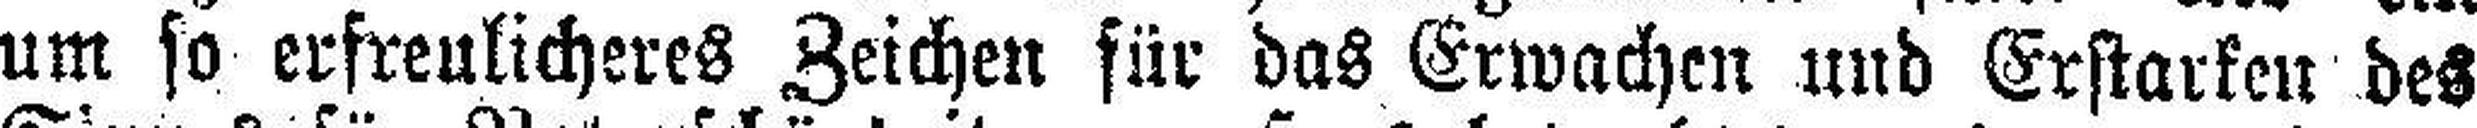
um so erfreulicheres Zeichen für das Erwachen und Erstarken des